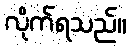
လိုက်ရသည်။